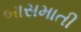
બાસમાતી